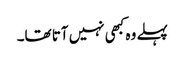
پہلے وہ کبھی نہیں آتا تھا۔